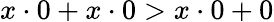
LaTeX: x\cdot 0+x\cdot 0>x\cdot 0+0